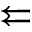
\leftleftarrows